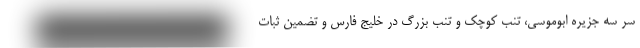
سر سه جزیره ابوموسی، تنب کوچک و تنب بزرگ در خلیج فارس و تضمین ثبات